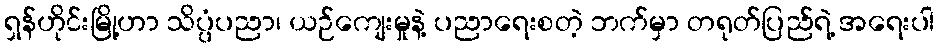
ရှန်ဟိုင်းမြို့ဟာ သိပ္ပံပညာ၊ ယဉ်ကျေးမှုနဲ့ ပညာရေးစတဲ့ ဘက်မှာ တရုတ်ပြည်ရဲ့ အရေးပါ